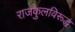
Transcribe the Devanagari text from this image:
राजकुलविरूद्ध